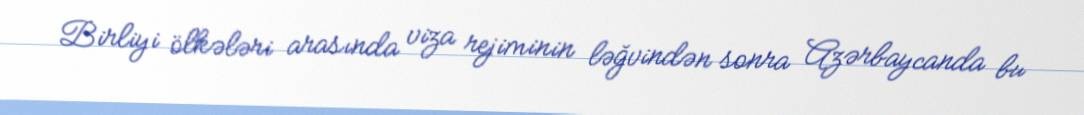
Birliyi ölkələri arasında viza rejiminin ləğvindən sonra Azərbaycanda bu